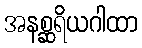
အနစ္ဆရိယဂါထာ